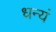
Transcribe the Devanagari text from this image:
धन्यं